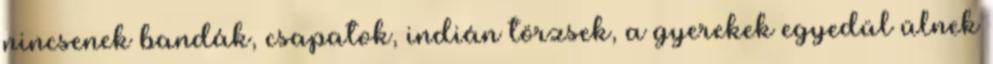
nincsenek bandák, csapatok, indián törzsek, a gyerekek egyedül ülnek